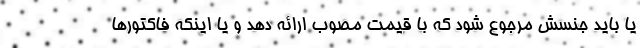
یا باید جنسش مرجوع شود که با قیمت مصوب ارائه دهد و یا اینکه فاکتورها